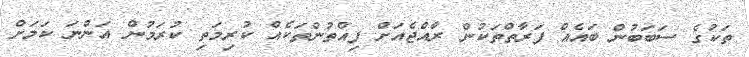
ތަކުގެ ސަބަބުން ބައެއް ފަރާތްތަކުން ރާއްޖެއަށް ފިއްތުންތަކެއް ކުރިމަތި ކުރަމުން އަންނަ ކަަމަށް